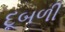
દૂબળી